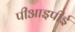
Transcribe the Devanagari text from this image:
पीआइपीई